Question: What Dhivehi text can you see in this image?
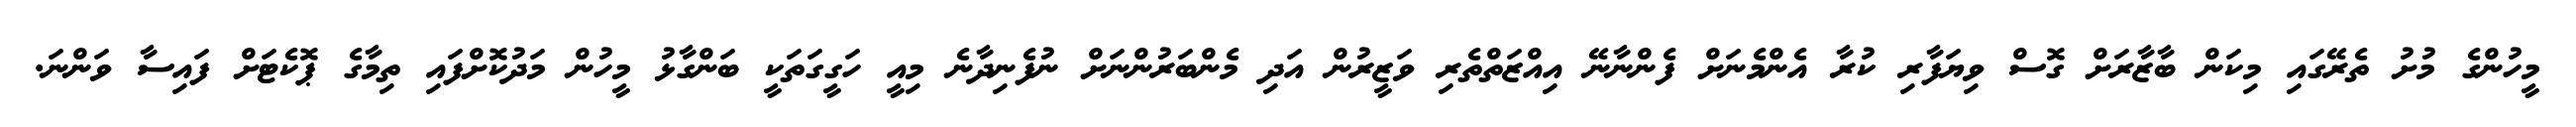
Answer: މީހުންގެ މުށު ތެރޭގައި މިކަން ބާޒާރަށް ގޮސް ވިޔަފާރި ކުރާ އެންމެނަށް ފެންނާނޭ އިއްޒަތްތެރި ވަޒީރުން އަދި މެންބަރުންނަށް ނުފެނިދާނެ މިއީ ހަގީގަތަކީ ބަންގާޅު މީހުން މަދުކޮށްފައި ތިމާގެ ޕޮކެޓަށް ފައިސާ ވަންނަ.